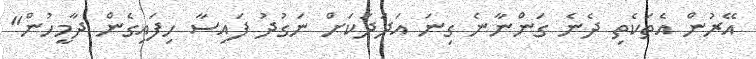
އޭރުން އެތަކެތި ދެނެ ގަންނާނެ ގިނަ އަދަދަކަށް ނަގުދު ފައިސާ ހިފައިގެން ދާމީހުން"